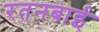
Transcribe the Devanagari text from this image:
रतनबाई